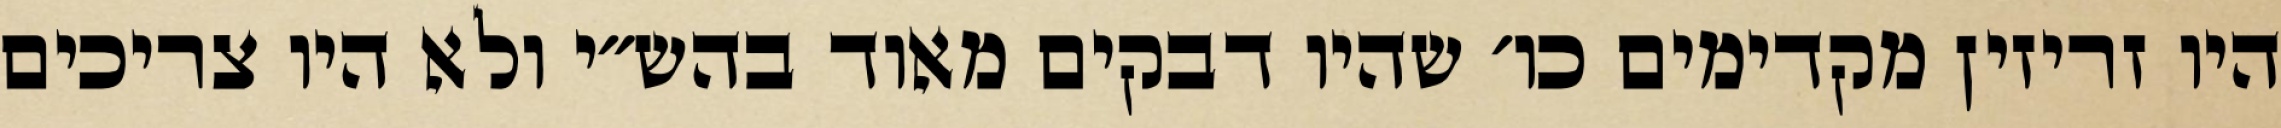
היו זריזין מקדימים כו׳ שהיו דבקים מאוד בהש״י ולא היו צריכים